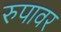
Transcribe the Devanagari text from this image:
रुपावर